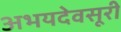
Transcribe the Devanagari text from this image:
अभयदेवसूरी